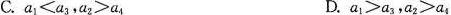
C.$$a1≤a3，a2≥a4$$ D.$$a1≥a3，a2≥a4$$